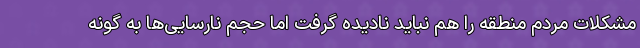
مشکلات مردم منطقه را هم نباید نادیده گرفت اما حجم نارسایی‌ها به گونه